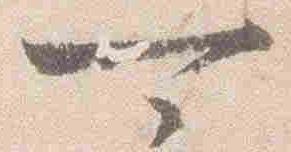
可